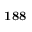
\mathbf { 1 8 8 }